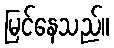
မြင်နေသည်။